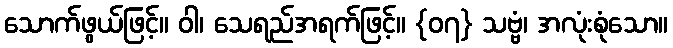
သောက်ဖွယ်ဖြင့်။ ဝါ၊ သေရည်အရက်ဖြင့်။ {၀၇} သဗ္ဗံ၊ အလုံးစုံသော။